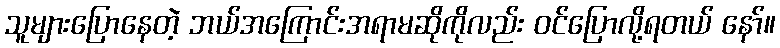
သူများပြောနေတဲ့ ဘယ်အကြောင်းအရာမဆိုကိုလည်း ဝင်ပြောလို့ရတယ် နော်။